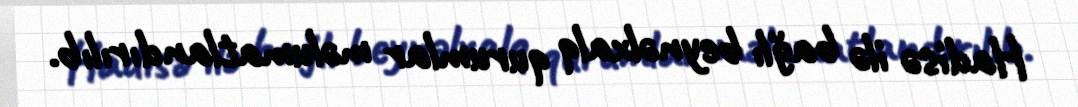
Hadisə ilə bağlı beynəlxalq qurumlar məlumatlandırılıb.